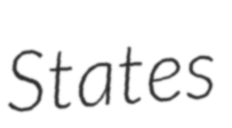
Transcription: States